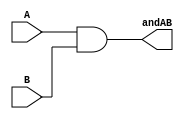
`timescale 1ns / 1ps
//////////////////////////////////////////////////////////////////////////////////
// Company: 
// 
// Design Name: 
// Module Name: and4bits
// Project Name: 
// Target Devices: 
// Tool Versions: 
// Description: 
// 
// Dependencies: 
// 
// Revision:
// Revision 0.01 - File Created
// Additional Comments:
// 
//////////////////////////////////////////////////////////////////////////////////

//delcare inputs and outputs
module and4bits(
    input [3:0] A,
    input [3:0] B,
    output [3:0] andAB
    );
    
//assign bitwise operation for AND
    assign andAB = A & B;
    
endmodule